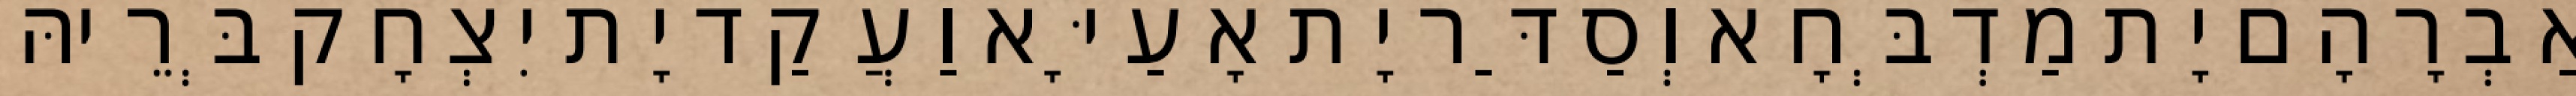
אַבְרָהָם יָת מַדְבְּחָא וְסַדַּר יָת אָעַיָּא וַעֲקַד יָת יִצְחָק בְּרֵיהּ